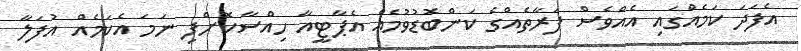
އެފަދަ ކަމެއްގައި އެއްވެސް ފަރާތެއްގެ ކަންބޮޑުވުމެއް އެޕާޓީއާ ހިއްސާކޮށްފި ނަމަ އެކަމެއް އުފަލާ